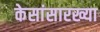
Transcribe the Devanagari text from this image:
केसांसारख्या